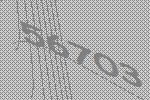
56703